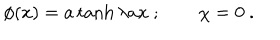
\phi ( x ) = a \tanh \lambda a x ~ ; \qquad \chi = 0 ~ .